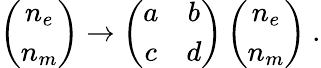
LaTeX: \left(\begin{array}{c}{{n_{e}}}\\ {{n_{m}}}\end{array}\right)\to\left(\begin{array}{cc}{{a}}&{{b}}\\ {{c}}&{{d}}\end{array}\right)\left(\begin{array}{c}{{n_{e}}}\\ {{n_{m}}}\end{array}\right)\ .